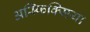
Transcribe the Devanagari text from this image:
अस्फ़िक्सिया